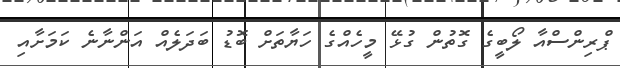
ޕްރިންސްއާ ލޯބީގެ ގޮތުން ގުޅޭ މީހެއްގެ ހަޔާތަށް ބޮޑު ބަދަލެއް އަންނާނެ ކަމަށާއި